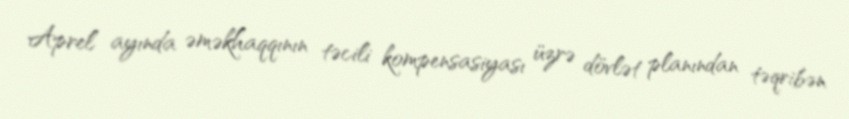
Aprel ayında əməkhaqqının təcili kompensasiyası üzrə dövlət planından təqribən